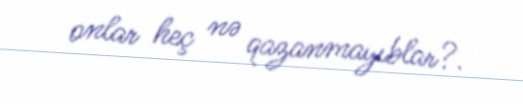
onlar heç nə qazanmayıblar?.